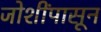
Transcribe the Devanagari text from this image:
जोशींपासून